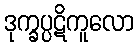
ဒုက္ခပ္ပဋိကူလော